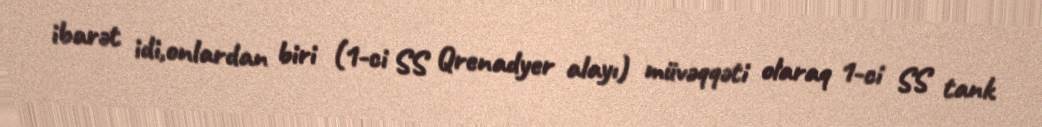
ibarət idi,onlardan biri (1-ci SS Qrenadyer alayı) müvəqqəti olaraq 1-ci SS tank